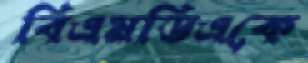
বিএমডিএকে